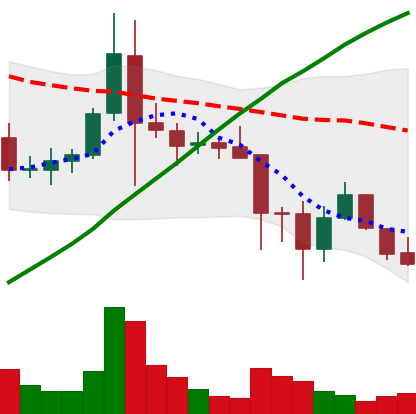
Ticker: ADA-USD
Chart end date: 2021-11-23
Forward return: -9.006%
Label: down_7plus